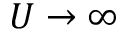
U \rightarrow \infty